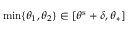
\operatorname* { m i n } \{ \theta _ { 1 } , \theta _ { 2 } \} \in [ \theta ^ { \mathrm { s } } + \delta , \theta _ { * } ]